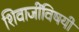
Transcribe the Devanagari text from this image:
शिवाजींविषयी